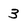
Character: 3